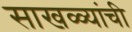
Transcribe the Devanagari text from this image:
साखळ्यांची